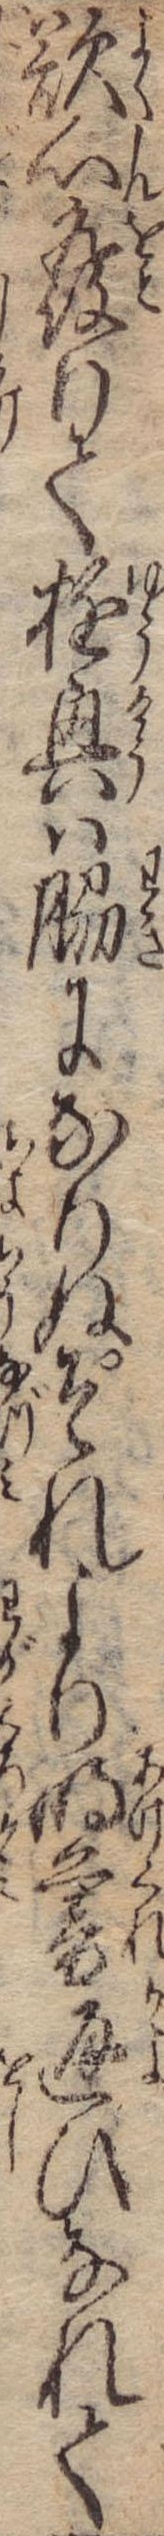
欲心発りて遊興は脇になりぬそれより明暮通ひなれて